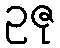
ဥဇု